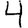
Digit: 4